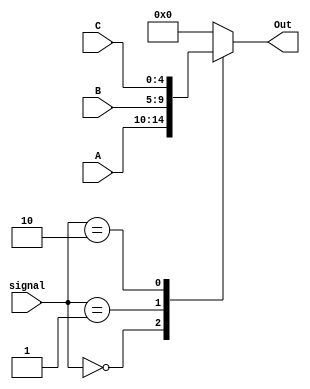
`timescale 1ns / 1ps

module Mux5bits_3x1(signal, A, B, C, Out);
    input [4:0] A, B, C;
    input [1:0] signal;
    output reg [4:0] Out;
    
    always @(*)
    begin
        case(signal)
            2'd0: begin Out <= A; end
            2'd1: begin Out <= B; end
            2'd2: begin Out <= C; end
            default: begin Out <= 5'b0; end //error 
        endcase
    end
endmodule